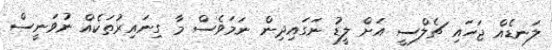
ލަނޑެއް ޖަހައި ޗެލްސީ އަށް ލީޑު ނަގައިދިން ނަމަވެސް މާ ގިނައިރުތަކެއް ނުވަނީސް